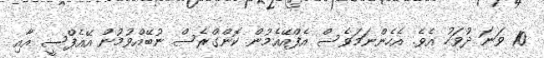
10 ވަނަ ދުވަހު އެވެ. އެހެންނަމަވެސް އެފްއޭއެމުން ކޮންގްރެސް ނުބޭއްވުމުން އޭއެފްސީ އާއި